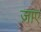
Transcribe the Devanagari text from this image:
ज़ाए